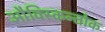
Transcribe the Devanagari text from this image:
औक्स्किन्तोक